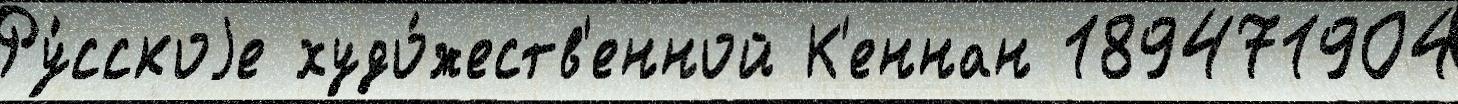
Ру́сскоjе худо́жеств'енной К'еннан 189471904